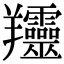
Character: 𦏰